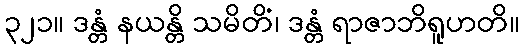
၃၂၁။ ဒန္တံ နယန္တိ သမိတိံ၊ ဒန္တံ ရာဇာဘိရူဟတိ။